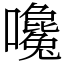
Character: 嚵